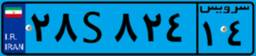
۲۸S۸۲۴۱۴